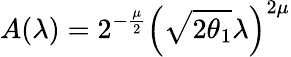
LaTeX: A(\lambda)=2^{-\frac{\mu}{2}}\left(\sqrt{2\theta_{1}}\lambda\right)^{2\mu}